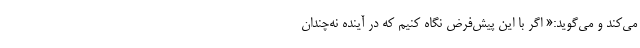
می‌کند و می‌گوید:« اگر با این پیش‌فرض نگاه کنیم که در آینده نه‌چندان